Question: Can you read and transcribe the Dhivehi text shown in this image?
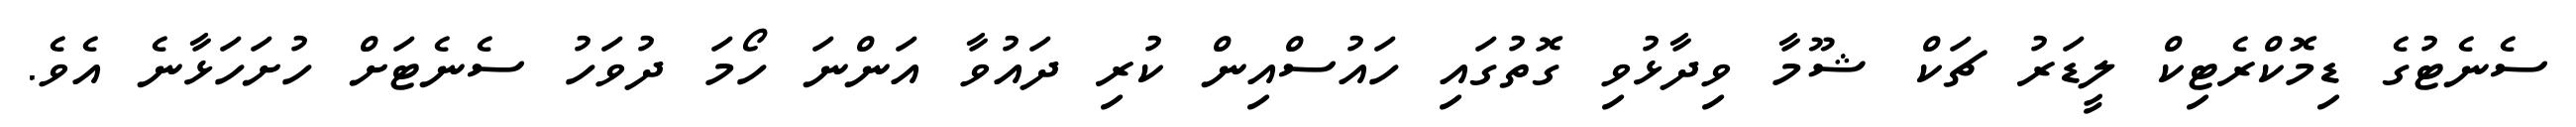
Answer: ސެނެޓުގެ ޑިމޮކްރެޓިކް ލީޑަރު ޗަކް ޝޫމާ ވިދާޅުވި ގޮތުގައި ހައުސްއިން ކުރި ދައުވާ އަންނަ ހޯމަ ދުވަހު ސެނެޓަށް ހުށަހަޅާނެ އެވެ.